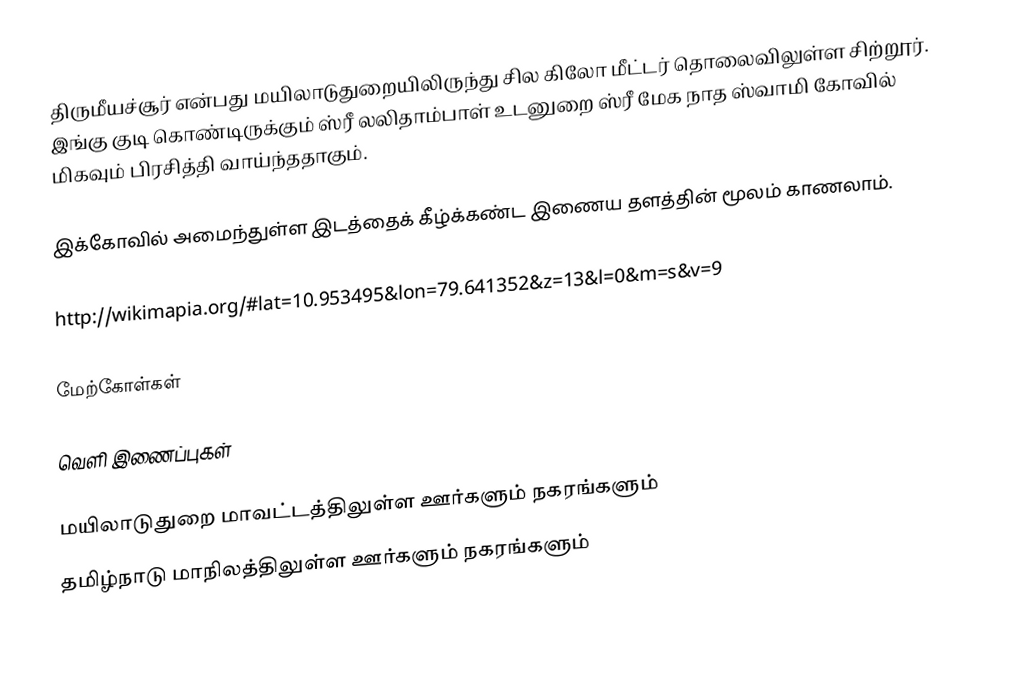
திருமீயச்சூர் என்பது மயிலாடுதுறையிலிருந்து சில கிலோ மீட்டர் தொலைவிலுள்ள சிற்றூர். இங்கு குடி கொண்டிருக்கும்  ஸ்ரீ லலிதாம்பாள் உடனுறை ஸ்ரீ மேக நாத ஸ்வாமி கோவில் மிகவும் பிரசித்தி வாய்ந்ததாகும்.

இக்கோவில் அமைந்துள்ள இடத்தைக் கீழ்க்கண்ட இணைய தளத்தின் மூலம் காணலாம்.

http://wikimapia.org/#lat=10.953495&lon=79.641352&z=13&l=0&m=s&v=9

மேற்கோள்கள்

வெளி இணைப்புகள்

மயிலாடுதுறை மாவட்டத்திலுள்ள ஊர்களும் நகரங்களும்
தமிழ்நாடு மாநிலத்திலுள்ள ஊர்களும் நகரங்களும்